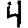
Digit: 4